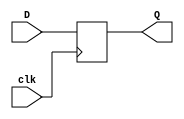
`timescale 1ns/1ps
module D_FlipFlop(clk, D, Q);
input clk, D;
output reg Q;

//gives in the output, the value from the input in the positive edge of the clock
always@(posedge clk)
begin
    Q <= D;
end    
endmodule